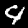
Digit: 4